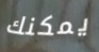
يمكنك